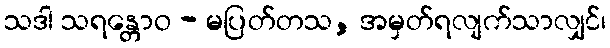
သဒါ သရန္တောဝ - မပြတ်တသ, အမှတ်ရလျက်သာလျှင်၊